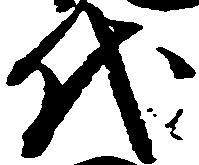
代